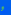
و